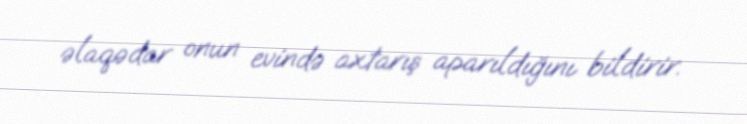
əlaqədar onun evində axtarış aparıldığını bildirir.